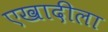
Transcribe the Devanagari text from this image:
एखादीला